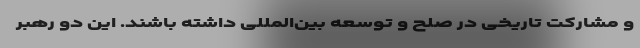
و مشارکت تاریخی در صلح و توسعه بین‌المللی داشته باشند. این دو رهبر